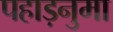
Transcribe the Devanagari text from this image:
पहाड़नुमा